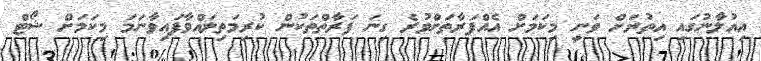
އިއުލާނުގައި އިތުރަށް ވަނީ މިކަމަށް އެއްފަރާތަށްވުރެ ގިނަ ފަރާތްތަކުން ކުރިމަތިލައްވާފައިވާނަމަ މިކަމަށް ޝޯޓް